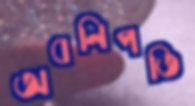
অবনিপতি